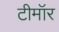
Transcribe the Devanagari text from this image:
टीमॉर